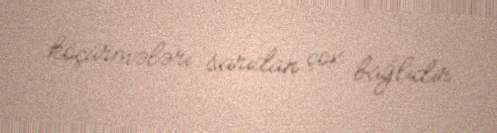
köçürmələri sarıdan çox bağlıdır.